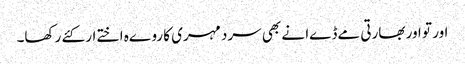
اور تو اور بھارتی مےڈےا نے بھی سرد مہری کا روےہ اختےار کئے رکھا۔